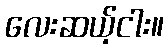
လေးဆယ့်ငါး။